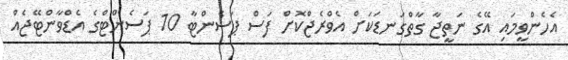
އެހެންވީމައި އޭގެ ނަތީޖާ ގާތްގަނޑަކަށް އެވްރެޖްކޮށް ފަސް ޕަސެންޓާ 10 ޕަސެންޓްގެ އެޑްވާންޓޭޖެއް